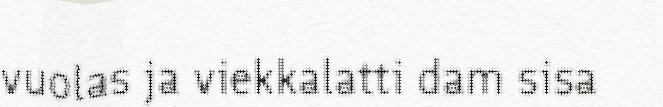
vuolas ja viekkalatti dam sisa